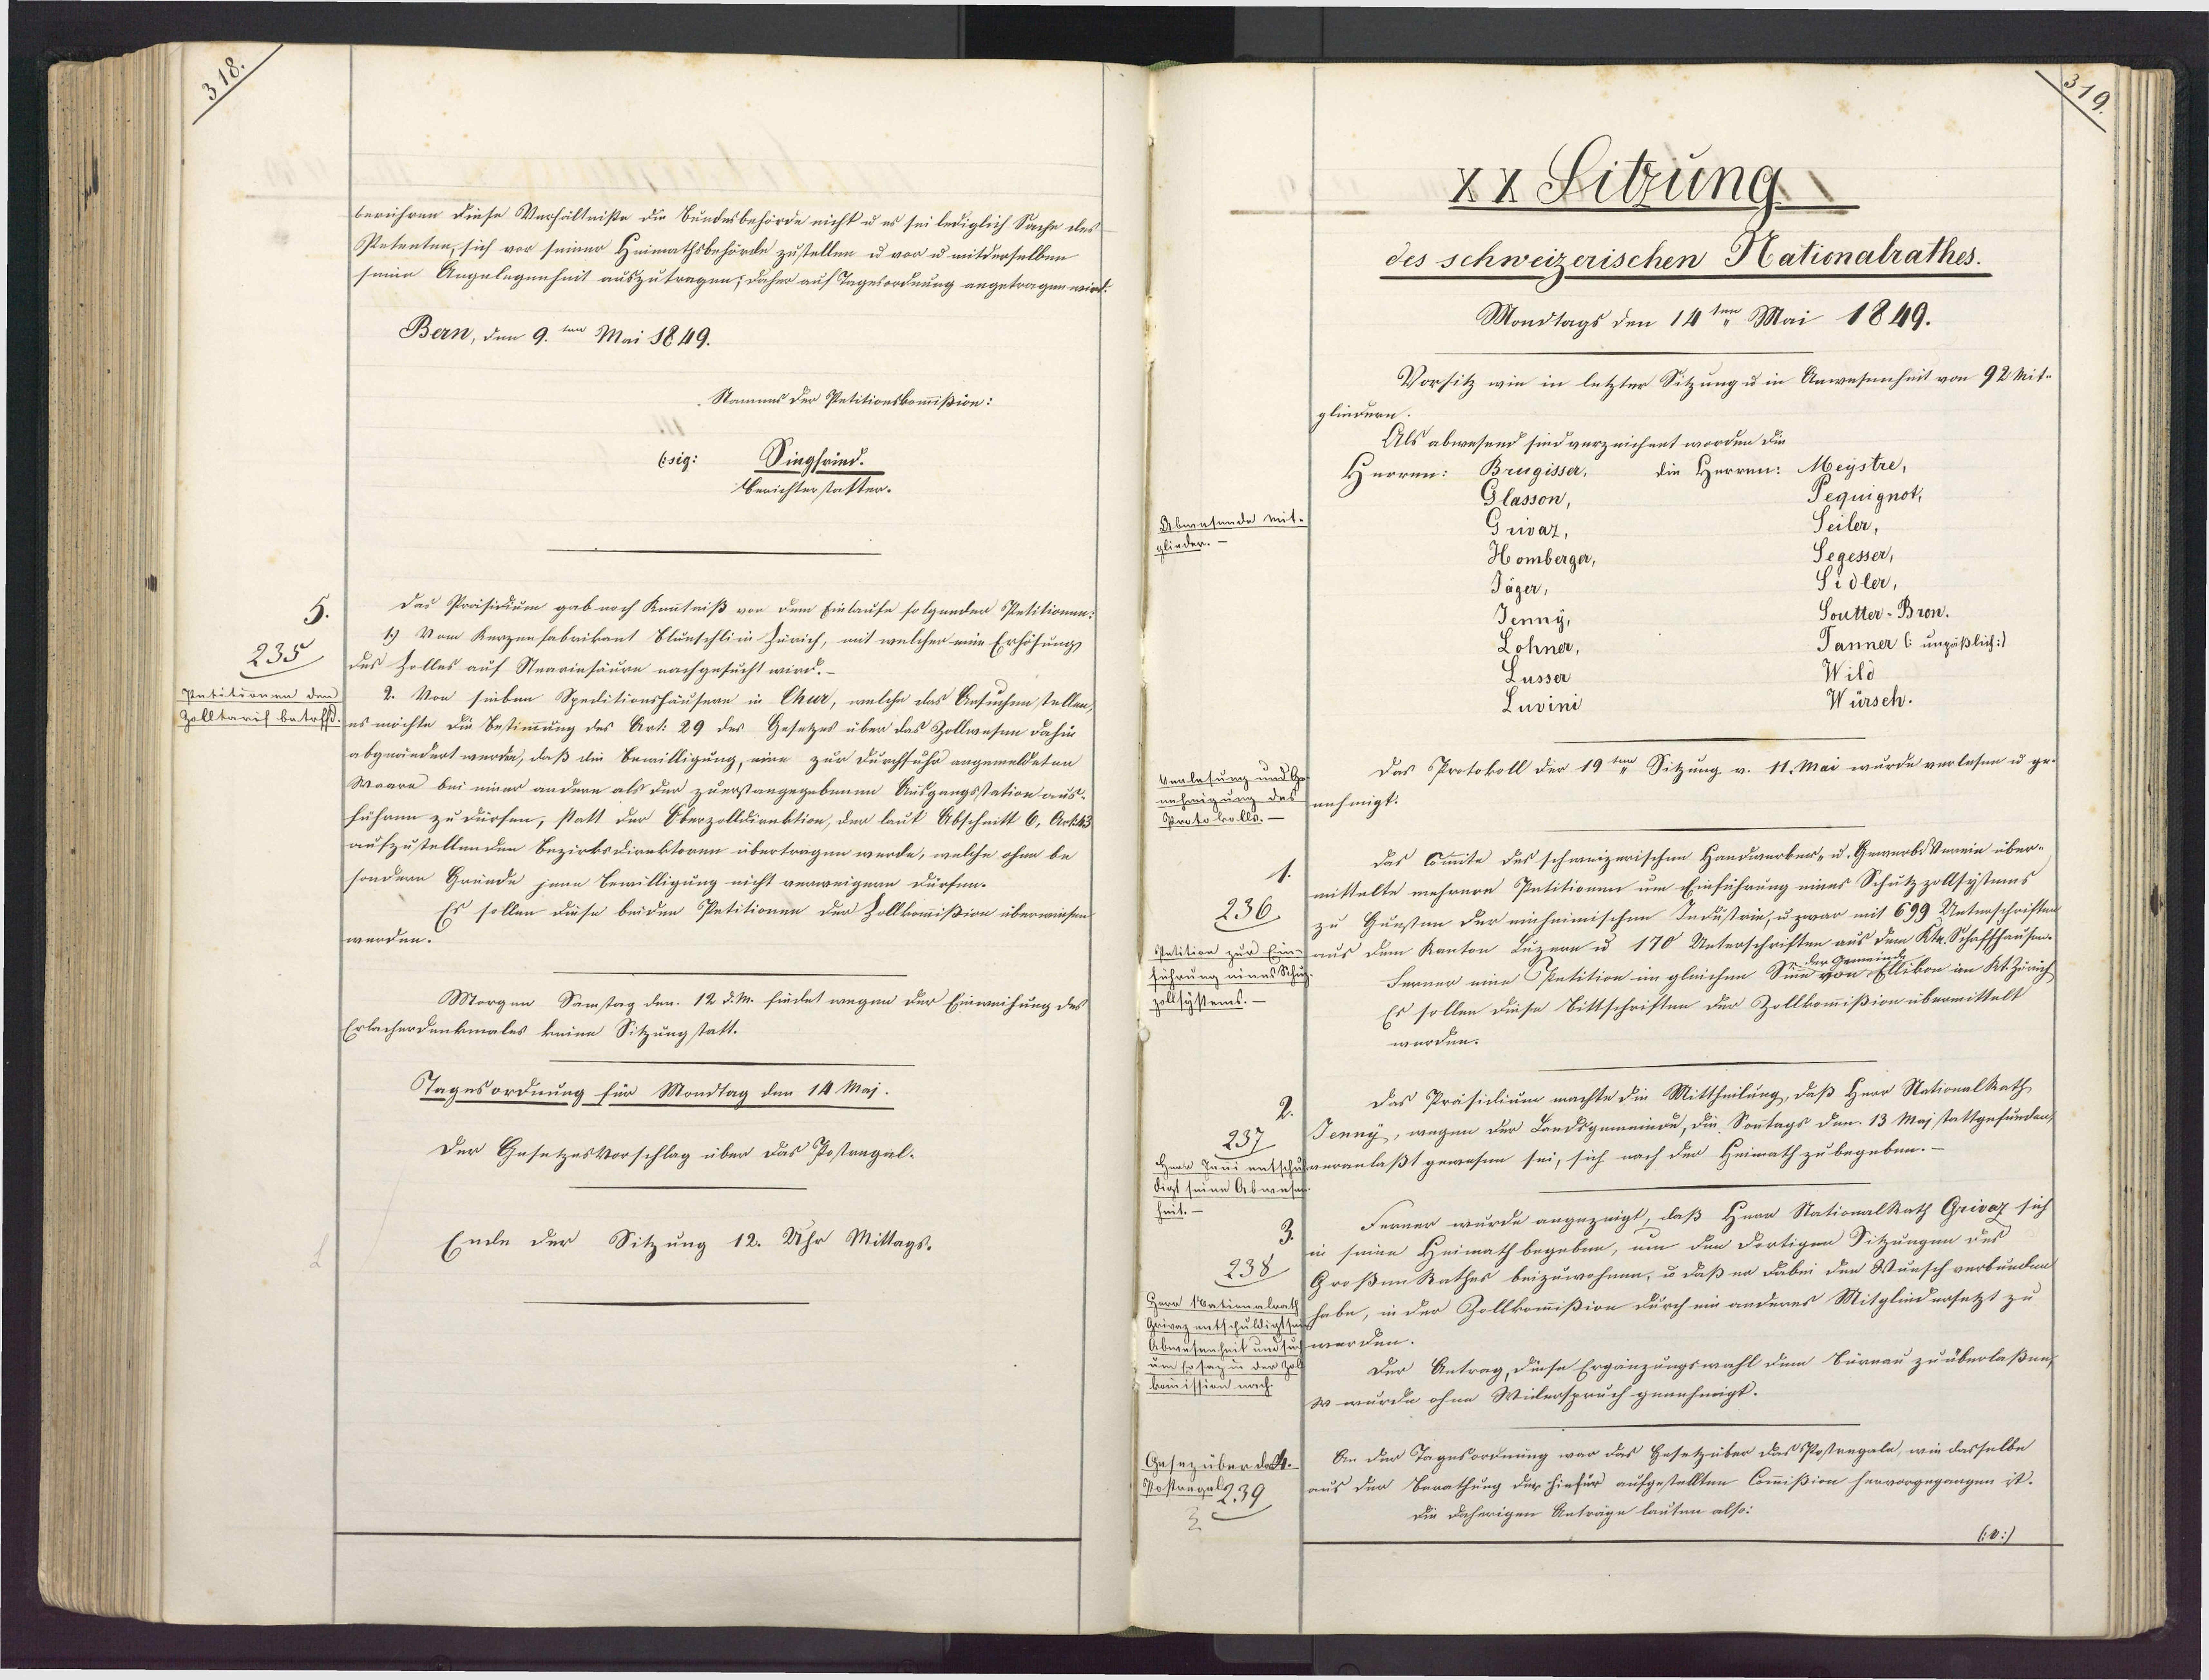
berühren diese Verhältniße die Bundesbehörde nicht u es sei lediglich Sache des
Petenten, sich vor seiner Heimathsbehörde zustellen u vor u mitderselben
seine Angelegenheit auszutragen; daher auf Tagesordnung angetragen wird.
Bern, den 9.ten Mai 1849.
Ntamms der Petitionskommißion:
(sig:
Dingfrind.
Berichterstatter.
Das Präsidium gab noch Knnntniß von dem Einlaufe folgender Petitionen:
1.) Vom Kerzenfabrikant Blunschliin Zürich, mit welcher eine Erhöhung
235
des Zolles auf Stearinsäure nachgesucht wird.
Patitionen der
2. Von sieben Speditionshäusere in Char, welche das Ansuchen stellen,
Zolltarih betrf.es möchte die Bestimmung des Art: 29 des Gesetzes über das Zollwesen dahin
abgeändert werden, daß die Bewilligung, eine zur Durchfuhr angemeldeten
Waare bei einer andere als der zuerstangegebenen Ausgangsstation aus-
führen zu dürfen, statt der Oberzolldirektion, der laut Abschnitt 6, Art. 43
aufzustellenden Bezirksdirektoren übertragen werde, welche ohne be¬
sondern Gründe jene Bewilligung nicht verweigern dürfen.
Es sollen diese beiden Petitionen der Zollkommißion überwiesen
wenden.
Morgen Samstag den 12 d. M. findet wegen der Einweihung des
Erlacherdenkmales keine Sitzungstatt.
Tagesordnung für Mondtag den 14 Maj.
Der GesetzesVorschlag über das Postangal-
Emle der Sitzung 12. Uhr Mittags.

XX Sitzung.
des schweizerischen Nationalrathes.
Mondtags den 14ten Mai 1849.
Vorsitz wie in letzter Sitzung u in Anwesenheit von 92 Mit¬
glindern.
Als abwesend sind verzeichent worden die
die Herren: Meystre,
Brügisser,
Herren:
Pequignot,
Classon,
Abwasende mit.
Seiler,
Grivaz.
glieder.
Segesser,
Homberger,
Sidler,
Jäger,
Soutter-Bron.
Jenny,
Janner (unzäßlich:]
Lohner,
Wild
Lusser
Würsch.
Luvini
Das Protokoll der 19ten Sitzung v. 11. Mai wurde vorlesen u ge¬
Verlesung und Ge-
nehmigung des Jenhmigt:
Proto kolls. -
das Commite des schweizerischen Handwerker- u. Gewerb Verein über¬
mittelte mehrere Petitionen um Einführung eines Schutzzollsystums
236.
zu Gunsten der einheimischen Industrie, u zwar mit 699 Unterschriften
Patition zur Ein-aus dem Kanton Luzern u 170 Unterschriften aus dem Ktr. Schaffhausen-
gemeine
n Ellikon an Kt. Zürich
führung eines Schuf¬
Ferner eine OPetition im gleichen Sie-
zollsystems.-
Es sollen diese Bittschriften der Zollkommißion übermittelt
werden.
Das Präsiclium machte die Mittheilung, daß Herr Ntationalkath
Jenny, wegen der Landsgemeinde, die Sontags den 13 Maj stattgefundent
237
Herr Jani entschuveranlaßt gewesen sei, sich nach der Heimath zu begeben.
digt seine Abwese
Ferner wurde angezeigt, daß Hern Stationalkath Grivaz sich
in seine Heimath begeben, um den dortigen Sitzungen des
238
Großen Rathes beizuwohnen, u daß er dabei den Wunsch verbundeng
Herr Mationalrat habe, in der Zollkommißion durch ein anderes Mitgliedersetzt zu
Grivaz entschuldigts
Abwesenheit und such werden.
Der Antrag diese Ergänzungswahl dem Bürrau zu überlaßen
um Er sag in der Zo
komission nach.
w wurde ohne Wilerspruch genehmigt.
An der Tagesordnung war das Besetzüber das Postregale, wie dasselbe
Gesezüberdakk.
aus der Berathung der hiefür aufgestellten Commißion hervorgegangen it.
Spostuagelz39.
die daherigen Anträge lauten also:
(v:)